Malarial fevers
Disease focus: Malaria
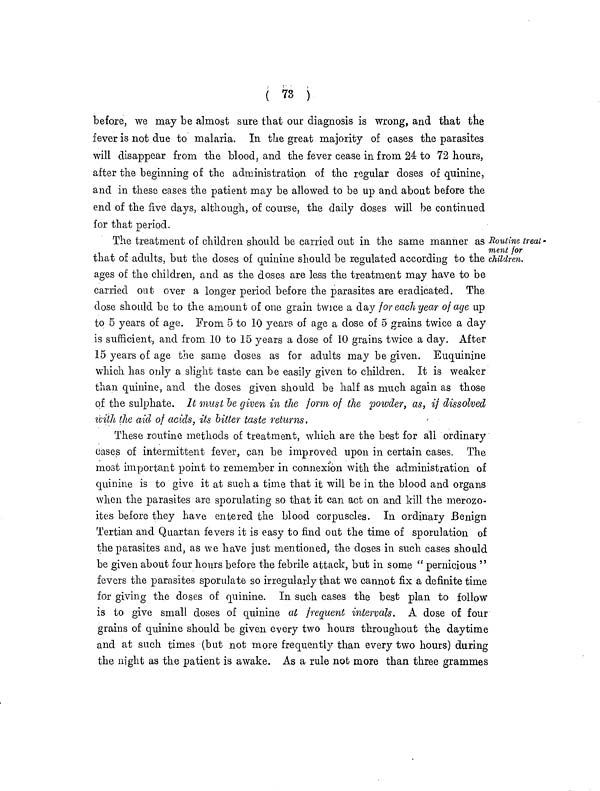
( 73 )
before, we may be almost sure that our diagnosis is wrong, and that the
fever is not due to malaria. In the great majority of cases the parasites
will disappear from the blood, and the fever cease in from 24 to 72 hours,
after the beginning of the administration of the regular doses of quinine,
and in these cases the patient may be allowed to be up and about before the
end of the five days, although, of course, the daily doses will be continued
for that period.
Routine ireat -
ment for
children.
The treatment of children should be carried out in the same manner as
that of adults, but the doses of quinine should be regulated according to the
ages of the children, and as the doses are less the treatment may have to be
carried out over a longer period before the parasites are eradicated. The
dose should be to the amount of one grain twice a day for each year of age up
to 5 years of age. From 5 to 10 years of age a dose of 5 grains twice a day
is sufficient, and from 10 to 15 years a dose of 10 grains twice a day. After
15 years of age the same closes as for adults may be given. Euquinine
which has only a slight taste can be easily given to children. It is weaker
than quinine, and the doses given should be half as much again as those
of the sulphate. It must be given in the form of the powder, as, if dissolved
with the aid of acids, its bitter taste returns,
These routine methods of treatment, which are the best for all ordinary
Cases of intermittent fever, can be improved upon in certain cases. The
most important point to remember in connexion with the administration of
quinine is to give it at such a time that it will be in the blood and organs
when the parasites are sporulating so that it can act on and kill the merozo-
ites before they have entered the blood corpuscles. In ordinary Benign
Tertian and Quartan fevers it is easy to find out the time of sporulation of
the parasites and, as we have just mentioned, the doses in such cases should
be given about four hours before the febrile attack, but in some " pernicious "
fevers the parasites sporulate so irregularly that we cannot fix a definite time
for giving the doses of quinine. In such cases the best plan to follow
is to give small doses of quinine at frequent intervals. A dose of four
grains of quinine should be given every two hours throughout the daytime
and at such times (but not more frequently than every two hours) during
the night as the patient is awake. As a rule not more than three grammes